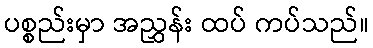
ပစ္စည်းမှာ အညွှန်း ထပ် ကပ်သည်။